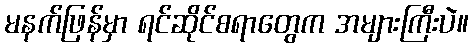
မနက်ဖြန်မှာ ရင်ဆိုင်စရာတွေက အများကြီးပဲ။